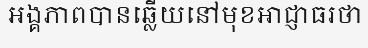
អង្គភាពបានឆ្លើយនៅមុខអាជ្ញាធរថា